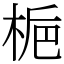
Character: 梔